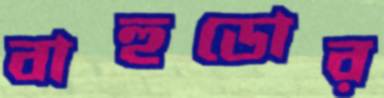
বাহুডোর